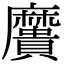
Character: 𪎯